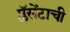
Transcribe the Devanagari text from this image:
प्लॅसेंटाची